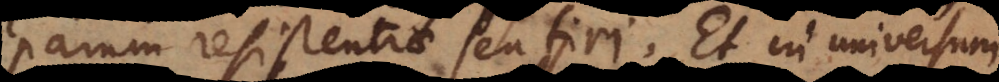
parum resistentiae sentiri. Et in universum